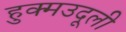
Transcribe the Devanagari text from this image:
हुक्मउदूली